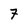
Character: 7